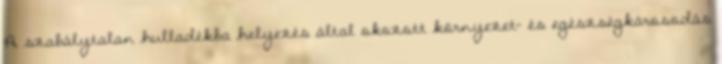
A szabálytalan hulladékba helyezés által okozott környezet- és egészségkárosodás